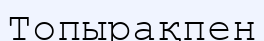
Топырақпен